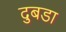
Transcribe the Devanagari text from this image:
दुबडा